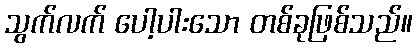
သွက်လက် ပေါ့ပါးသော တစ်ခုဖြစ်သည်။